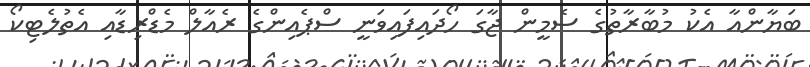
ބަޔާންއާ އެކު މުބާރާތުގެ ސެމީން ޖާގަ ހޯދައިފައިވަނީ ސްޕެއިންގެ ރެއާލް މެޑްރިޑާއި އެތުލެޓިކޯ